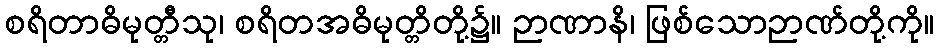
စရိတာဓိမုတ္တီသု၊ စရိတအဓိမုတ္တိတို့၌။ ဉာဏာနိ၊ ဖြစ်သောဉာဏ်တို့ကို။